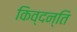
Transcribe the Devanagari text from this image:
किव्दन्ति